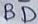
Text: BD